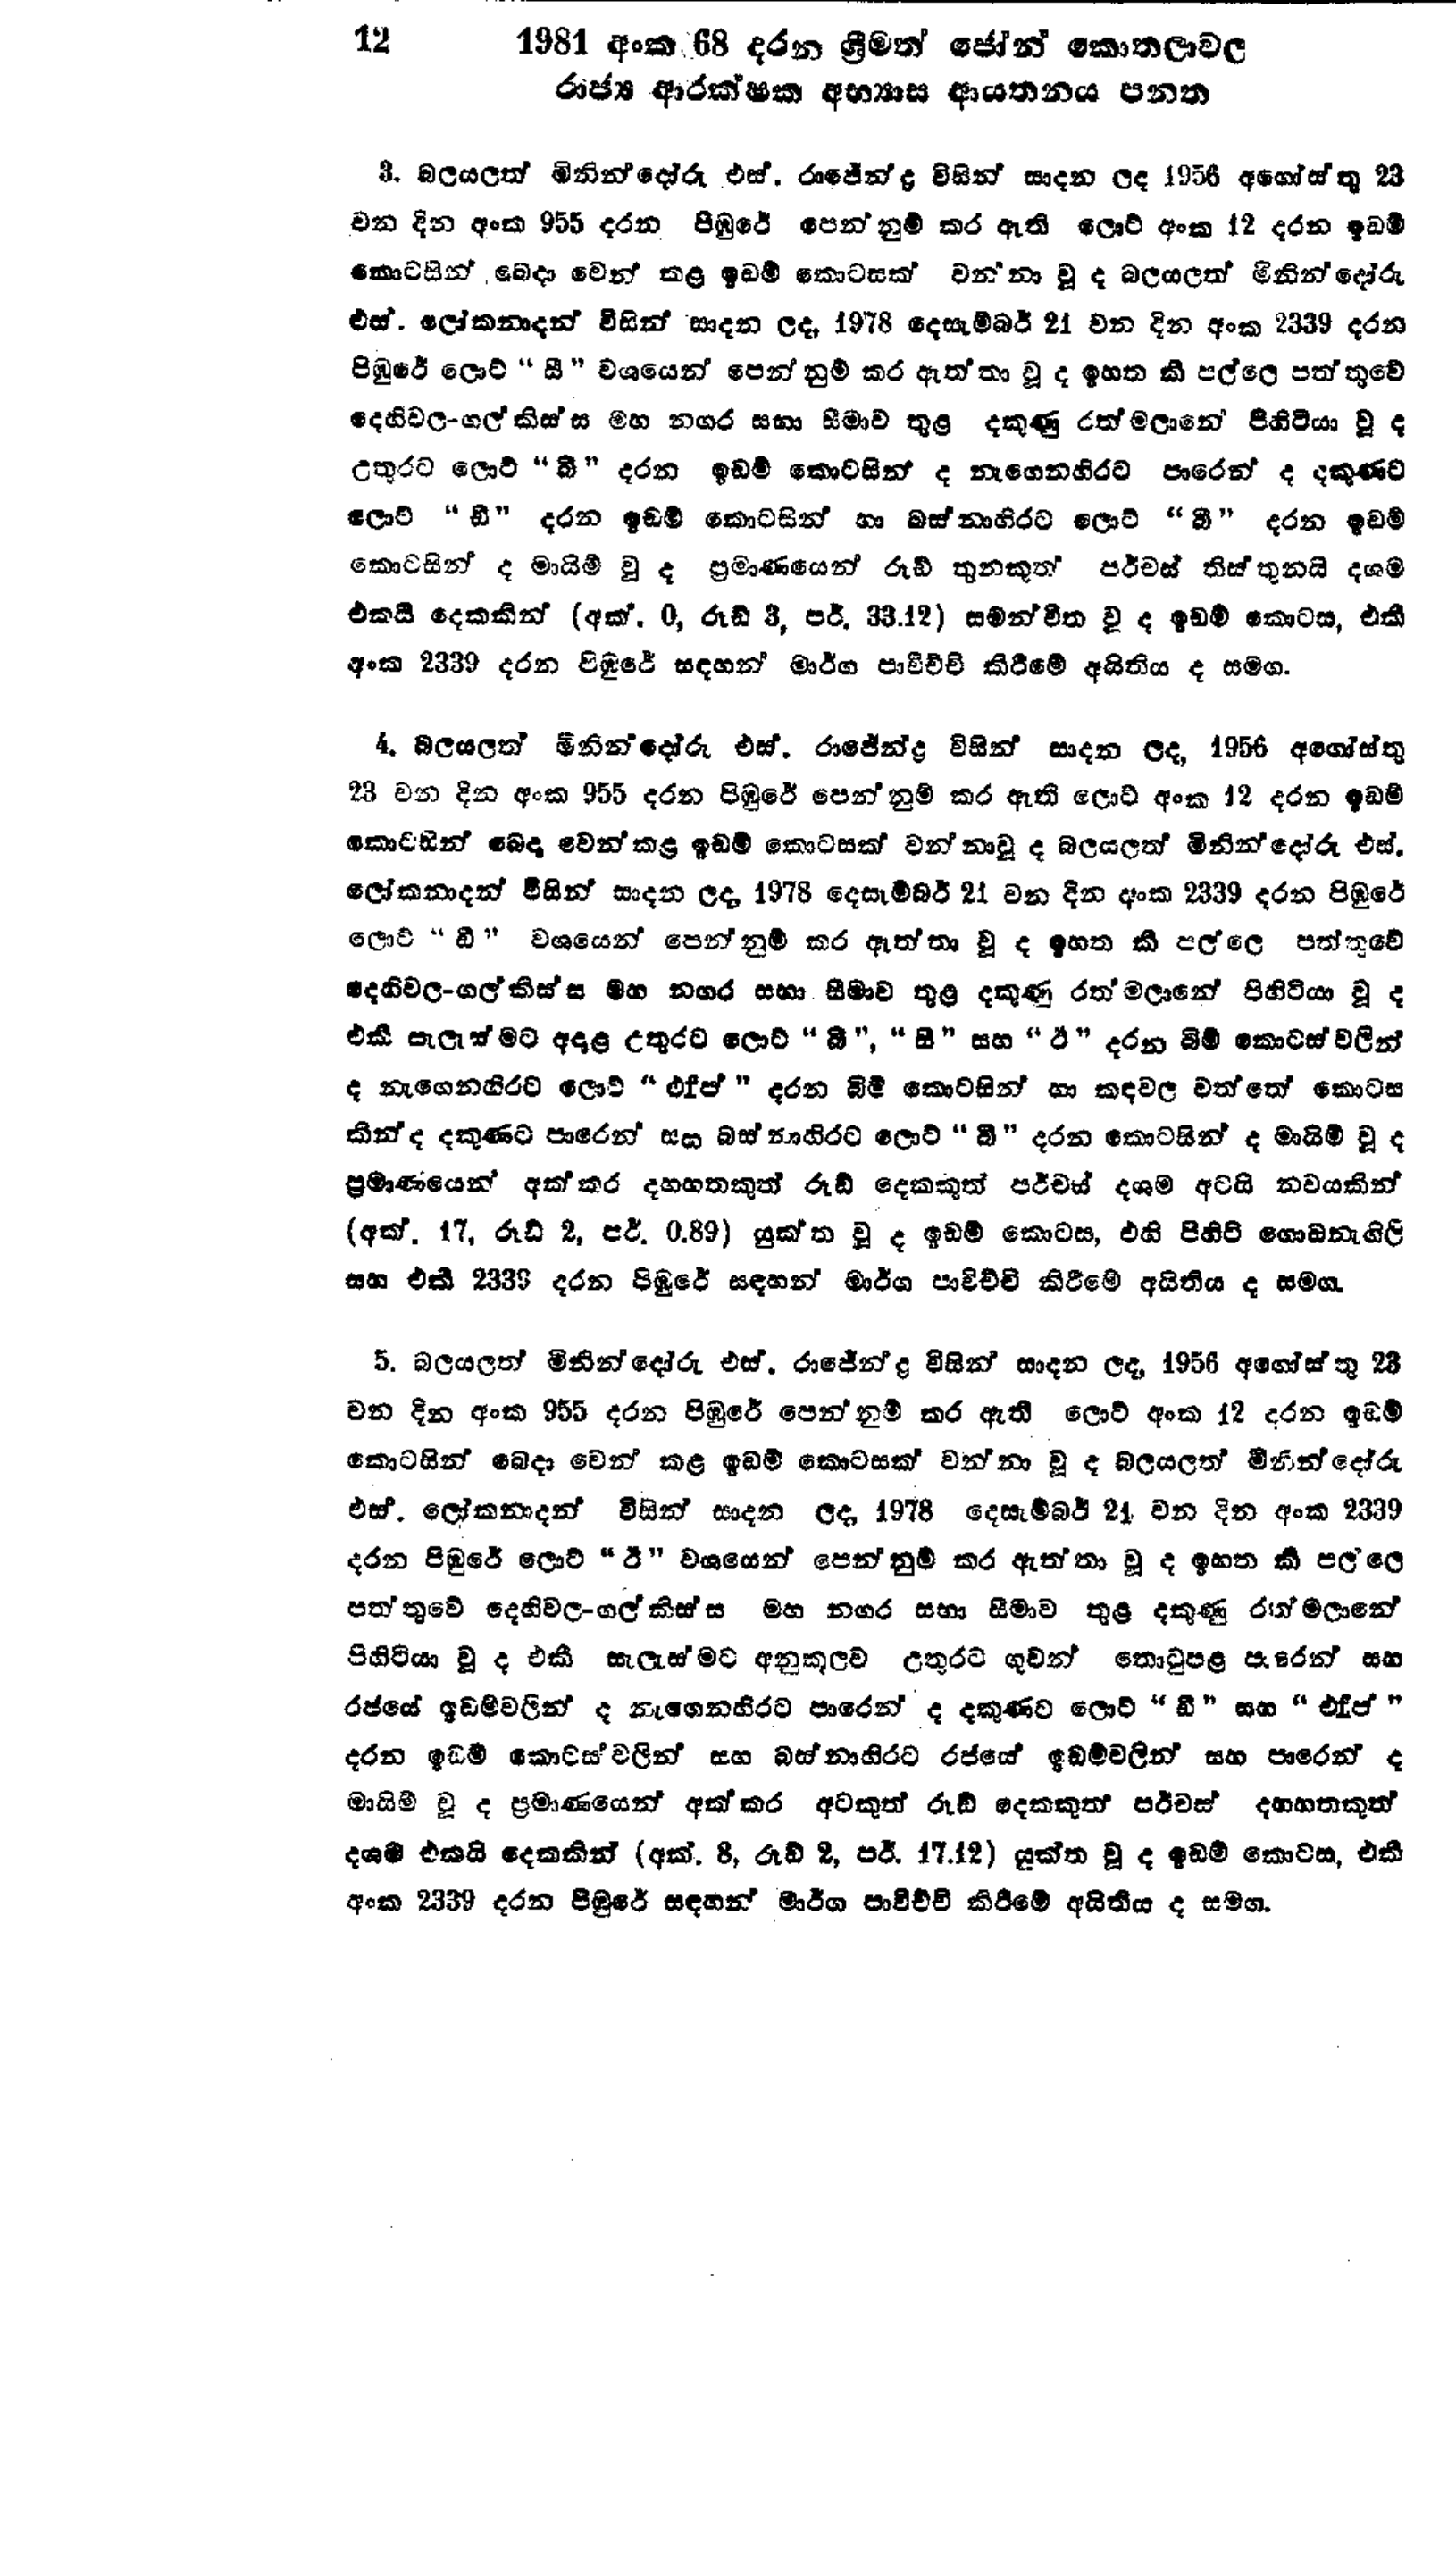
12 1981 අංක 68 දරන ශ්‍රීමත් ජෝන් කොතලාවල
රාජ්‍ය ආරක්ෂක අභ්‍යාස ආයතනය පනත

3. බලයලත් මිනින්දෝරු එස්.රාජේන්ද්‍ර විසින් සාදන ලද 1956 අගෝස්තු 23
වන දින අංක 955 දරන පිඹුරේ පෙන්නුම් කර ඇති ලොට් අංක 12 දරන ඉඩම්
කොටසින් බෙදා වෙන් කළ ඉඩම් කොටසක් වන්නා වූ ද බලයලත් මිනින්දෝරු
එස්.ලෝකනාදන් විසින් සාදන ලද, 1978 දෙසැම්බර් 21 වන දින අංක 2339 දරන
පිඹුරේ ලොට් "සී " වශයෙන් පෙන්නුම් කර ඇත්තා වූ ද ඉහත කී පල්ලෙ පත්තුවේ
දෙහිවල - ගල්කිස්ස මහ නගර සභා සීමාව තුළ දකුණු රත්මලානේ පිහිටියා වූ ද
උතුරට ලොට් "බී" දරන ඉඩම් කොටසින් ද නැගෙනහිරට පාරෙන් ද දකුණට
ලොට් "ඩී" දරන ඉඩම් කොටසින් හා බස්නාහිරට ලොට් "බී " දරන ඉඩම්
කොටසින් ද මායිම් වූ ද ප්‍රමාණයෙන් රුඩ් තුනකුත් පර්චස් තිස් තුනයි දශම
එකයි දෙකකින් (අක්.0, රූඩ් 3, පර්. 33.12) සමන්විත වු ද ඉඩම් කොටස, එකී
අංක 2339 දරන පිඹුරේ සඳහන් මාර්ග පාවිච්චි කිරීමේ අයිතිය ද සමග.

4. බලයලත් මිනින්දෝරු එස්.රාජේන්ද්‍ර විසින් සාදන ලද, 1956 අගෝස්තු
23 වන දින අංක 955 දරන පිඹුරේ පෙන්නුම් කර ඇති ලොට් අංක 12 දරන ඉඩම්
කොටසින් බෙදා වෙන් කළ ඉඩම් කොටසක් වන්නා වූද බලයලත් මිනින්දෝරු එස්.
ලෝකනාදන් විසින් සාදන ලද 1978 දෙසැම්බර් 21 වන දින අංක 2339 දරන පිඹුරේ
ලොට් "ඩී" වශයෙන් පෙන්නුම් කර ඇත්තා වූ ඉහත කී පල්ලෙ පත්තුවේ
දෙහිවල-ගල් කිස්ස මහ නගර සභා සීමාව තුළ දකුණු රත්මලානේ පිහිටියා වූ ද
එකී සැලැස්මට අදාල උතුරට ලොට් "බී","සි" සහ "ඊ " දරන බිම් කොටස් වලින්
ද නැගෙනහිරට ලොට් "එfප් " දරන බිම් කොටසින් හා කඳවල වත්තේ කොටස
කින්ද දකුණට පාරෙන් සහ බස්නාහිරට ලොට් "බී" දරන කොටසින් ද මායිම් වූ ද
ප්‍රමාණයෙන් අක්කර දහහතකුත් රුඩ් දෙකකුත් පර්චස් දශම අටයි නවයකින්
(අක්. 17, රුඩ් 2, පර්. 0.89) යුක්ත වූ ද ඉඩම් කොටස, එහි පිහිටි ගොඩනැගිලි
සහ එකී 2339 දරන පිඹුරේ සඳහන් මාර්ග පාවිච්චි කිරීමේ අයිතිය ද සමග.

5. බලයලත් මිනින්දෝරු එස්.රාජේන්ද්‍ර විසින් සාදන ලද, 1956 අගෝස්තු 23
වන දින අංක 955 දරන පිඹුරේ පෙන්නුම් කර ඇති ලොට් අංක 12 දරන ඉඩම්
කොටසින් බෙදා වෙන් කළ ඉඩම් කොටසක් වන්නා වූ බලයලත් මිනින්දෝරු
එස්. ලෝකනාදන් විසින් සාදන ලද 1978 දෙසැම්බර් 24 වන දින අංක 2339
දරන පිඹුරේ ලොට් "ඊ" වශයෙන් පෙන්නුම් කර ඇත්තා වූ ද ඉහත කී පල්ලෙ
පත්තුවේ දෙහිවල-ගල් කිස්ස මහ නගර සභා සීමාව තුළ දකුණු රත්මලානේ
පිහිටියා වූ ද එකී සැලැස්මට අනුකූලව උතුරට ගුවන් තොටුපළ පාරෙන් සහ
රජයේ ඉඩම්වලින් ද නැගෙනහිරට පාරෙන් ද දකුණට ලොට් "ඩී " සහ "එfප් "
දරන ඉඩම් කොටස්වලින් සහ බස්නාහිරට රජයේ ඉඩම්වලින් සහ පාරෙන් ද
මායිම් වූ ද ප්‍රමාණයෙන් අක්කර අටකුත් රුඩ් දෙකකුත් පර්චස් දහහතකුත්
දශම එකයි දෙකකින් (අක්. 8, රූඩ් 2, පර්. 17.12 ) යුක්ත වූ ද ඉඩම් කොටස, එකී
අංක 2339 දරන පිමුරේ සඳහන් මාර්ග පාවිච්චි කිරීමේ අයිතිය ද සමග.